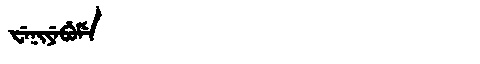
Manchu: ᠸᡝᠨᡳᠶᡝᠪᡠᠮᡝ
Romanization: WENIYEBUME